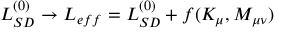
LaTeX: { \cal L } _ { S D } ^ { ( 0 ) } \to { \cal L } _ { e f f } = { \cal L } _ { S D } ^ { ( 0 ) } + f ( K _ { \mu } , M _ { \mu \nu } )